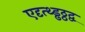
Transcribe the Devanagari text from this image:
एदृत्थ्ड्ढठ्ठद्व